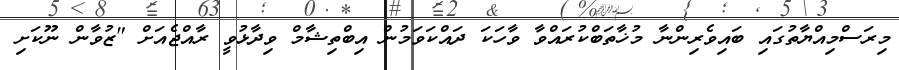
މިރަސްމިއްޔާތުގައި ބައިވެރިންނާ މުޚާތަބްކުރައްވާ ވާހަކަ ދައްކަވަމުން އިބްތިޝާމް ވިދާޅުވީ ރާއްޖެއަށް "ޒުވާން ނޫކަށި